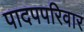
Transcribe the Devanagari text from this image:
पादपपरिवार